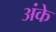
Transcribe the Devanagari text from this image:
अंके